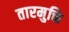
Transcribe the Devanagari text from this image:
तारमुक्ति